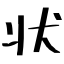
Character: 状